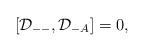
LaTeX: \begin{align*}[{\cal D}_{--},{\cal D}_{-A}]=0,\end{align*}